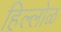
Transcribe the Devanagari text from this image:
हिल्लोळ